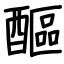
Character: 醧